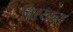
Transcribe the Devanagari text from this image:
बिरखन